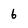
Character: 6